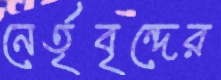
নের্তৃবৃন্দের